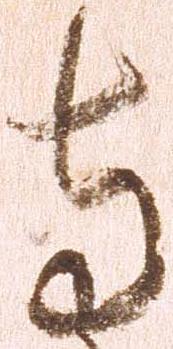
寺